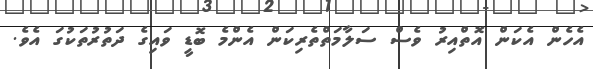
އެހެން އެކަން އޮތްއިރު ވެސް ސަލާމަތްތެރިކަން އެންމެ ބޮޑީ ވައިގެ ދަތުރުތަކުގަ އެވެ.